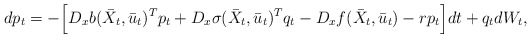
\begin{align*}dp_t = - \Big[ D_xb(\bar{X}_t,\bar{u}_t)^T p_t + D_x\sigma(\bar{X}_t,\bar{u}_t)^T q_t -D_xf(\bar{X}_t,\bar{u}_t) - rp_t \Big]dt + q_t dW_t,\end{align*}